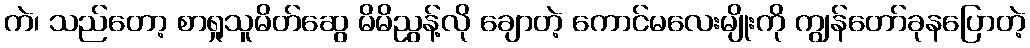
ကဲ၊ သည်တော့ စာရှုသူမိတ်ဆွေ မိမိညွန့်လို ချောတဲ့ ကောင်မလေးမျိုးကို ကျွန်တော်ခုနပြောတဲ့